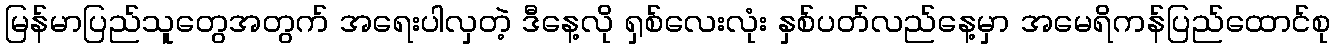
မြန်မာပြည်သူတွေအတွက် အရေးပါလှတဲ့ ဒီနေ့လို ရှစ်လေးလုံး နှစ်ပတ်လည်နေ့မှာ အမေရိကန်ပြည်ထောင်စု